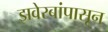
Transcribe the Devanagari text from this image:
झवेरबांपासून